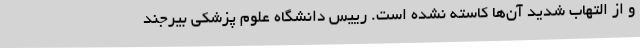
و از التهاب شدید آن‌ها کاسته نشده است. رییس دانشگاه علوم پزشکی بیرجند